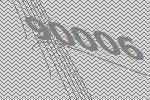
90006